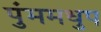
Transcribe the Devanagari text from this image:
पुंममधुप